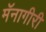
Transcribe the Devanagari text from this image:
मॅनागीरी